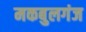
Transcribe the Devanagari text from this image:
मकबुलगंज